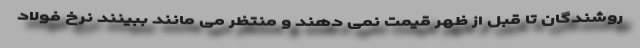
روشندگان تا قبل از ظهر قیمت نمی دهند و منتظر می مانند ببینند نرخ فولاد